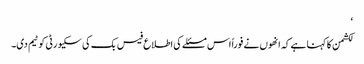
‘
لکشمن کا کہنا ہے کہ انھوں نے فوراً اس مسئلے کی اطلاع فیس بک کی سکیورٹی کو ٹیم دی۔